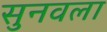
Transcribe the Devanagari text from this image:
सुनवला